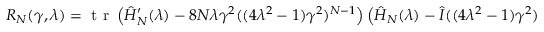
\begin{array} { r } { R _ { N } ( \gamma , \lambda ) = \mathrm { ~ t ~ r ~ } \, { \left( \hat { H } _ { N } ^ { \prime } ( \lambda ) - 8 N \lambda \gamma ^ { 2 } ( ( 4 \lambda ^ { 2 } - 1 ) \gamma ^ { 2 } ) ^ { N - 1 } \right) \left( \hat { H } _ { N } ( \lambda ) - \hat { I } ( ( 4 \lambda ^ { 2 } - 1 ) \gamma ^ { 2 } ) ^ { N } \right) ^ { - 1 } } } \end{array}